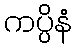
ကပ္ပိနံ